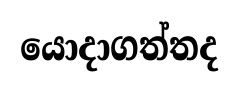
යොදාගත්තද